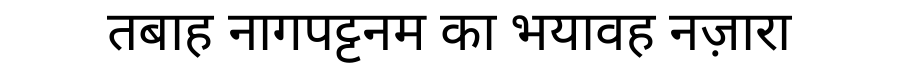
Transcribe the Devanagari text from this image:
तबाह नागपट्टनम का भयावह नज़ारा